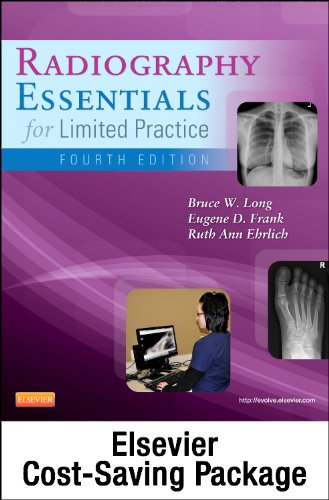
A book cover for Radiography Essentials for Limited Practice - Text and Workbook Package, 4e; Bruce W. Long MS  RT(R)(CV)  FASRT; Medical Books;